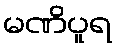
မဏိပူရ